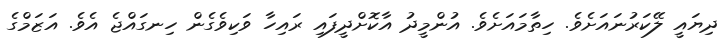
ދިޔައީ ލޭކަރުނައަށެވެ. ހިތާމައަށެވެ. އުންމީދު އާކޮށްދީފައި ރައިހާ ވަކިވެގެން ހިނގައްޖެ އެވެ. އަޒަމްގެ